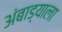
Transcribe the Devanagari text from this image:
अंबाड्याला